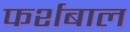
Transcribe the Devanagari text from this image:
फर्शबाल